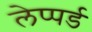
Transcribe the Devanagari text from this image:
लेप्पर्ड